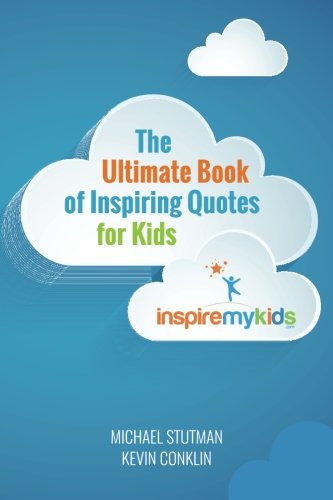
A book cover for The Ultimate Book of Inspiring Quotes for Kids; Michael Stutman; Reference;